Annual returns of the Patna Lunatic Asylum at Bankipore in Bihar and Orissa - 1912-1924
Year: 1912
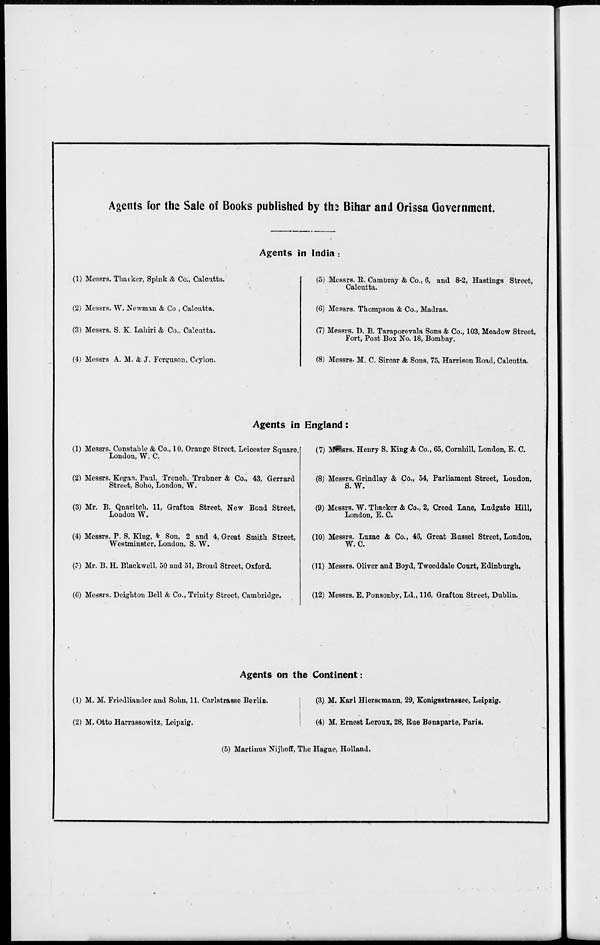
Agents for the Sale of Books published by the Bihar and Orissa Government.
Agents in India :
(1) Messrs. Thacker, Spink & Co., Calcutta.
(2) Messrs. W. Newman & Co , Calcutta.
(3) Messrs. S. K. Lahiri & Co., Calcutta.
(4) Messrs A. M. & J. Ferguson, Ceylon.
(5) Messrs. R. Cambray & Co., 6, and 8-2, Hastings Street,
Calcutta.
(6) Messrs. Thompson & Co., Madras.
(7) Messrs. D. B. Taraporevala Sons & Co., 103, Meadow Street,
Fort, Post Box No. 18, Bombay.
(8) Messrs. M. C. Sircar & Sons, 75, Harrison Road, Calcutta.
Agents in England:
(1) Messrs. Constable & Co., 10, Orange Street, Leicester Square,
London, W. C.
(2) Messrs. Kegan, Paul, Trench, Trubner & Co., 43, Gerrard
Street, Soho, London, W.
(3) Mr. B. Quaritch, 11, Grafton Street, New Bond Street,
London W.
(4) Messrs. P. S. King, & Son, 2 and 4, Great Smith Street,
Westminster, London, S. W.
(5) Mr. B. H. Blackwell, 50 and 51, Broad Street, Oxford.
(6) Messrs. Deighton Bell & Co., Trinity Street, Cambridge.
(7) Messrs. Henry S. King & Co., 65, Cornhill, London, E. C.
(8) Messrs. Grindlay & Co., 54, Parliament Street, London,
S.W.
(9) Messrs. W. Thacker & Co., 2, Creed Lane, Ludgate Hill,
London, E. C.
(10) Messrs. Luzac & Co., 46, Great Russel Street, London,
W.C.
(11) Messrs. Oliver and Boyd, Tweeddale Court, Edinburgh,
(12) Messrs. E. Ponsonby, Ld., 116, Grafton Street, Dublin.
Agents on the Continent:
(1) M. M. Friedliander and Sohn, 11, Carlstrasse Berlin.
(2) M. Otto Harrassowitz, Leipzig.
(3) M. Karl Hiersemann, 29, Konigsstrassee, Leipzig.
(4) M. Ernest Leroux, 28, Rue Bonaparte, Paris.
(5) Martinus Nijhoff, The Hague, Holland.